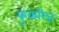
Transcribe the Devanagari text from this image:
कुकरिज